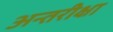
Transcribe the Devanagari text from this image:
अन्तरीक्षा